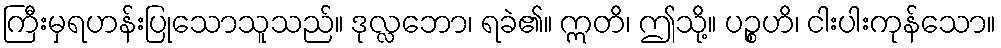
ကြီးမှရဟန်းပြုသောသူသည်။ ဒုလ္လဘော၊ ရခဲ၏။ ဣတိ၊ ဤသို့။ ပဉ္စဟိ၊ ငါးပါးကုန်သော။